Annual report of the Imperial Bacteriological Laboratory, Muktesar
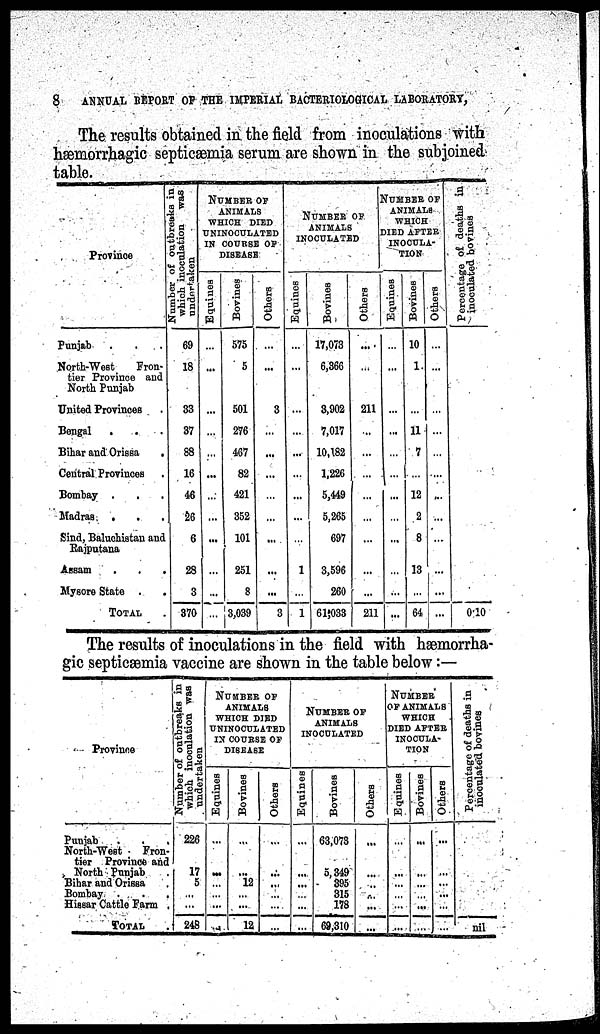
8
ANNUAL REPORT OF THE IMPERIAL BACTERIOLOGICAL LABORATORY,
The results obtained in the field from inoculations with
hæmorrhagic septicæmia serum are shown in the subjoined
table.
Province
Punjab . . .
North-West
Fron-
tier Province and
North Punjab
United Provinces
Bengal . . .
Bihar and Orissa
.
Central Provinces .
Bombay . . .
Madras . . .
Sind, Baluchistan and
Rajputana
Assam
.
.
.
Mysore State . .
TOTAL .
Number of outbreaks in
which inoculation was
undertaken
69
18
33
37
88
16
46
26
6
28
3
370
NUMBER OF
ANIMALS
WHICH DIED
UNINOCULATED
IN COURSE OF
DISEASE
Equines
...
...
...
...
...
...
...
...
...
...
...
...
Bovines
575
5
501
276
467
82
421
352
101
251
8
3,039
Others
...
...
3
...
...
...
...
...
...
...
...
3
NUMBER OF
ANIMALS
INOCULATED
Equi nes
...
...
...
...
...
...
...
...
...
1
...
1
Bovi ue s
17,073
6,366
3,902
7,017
10,182
1,226
5,449
5,265
697
3,596
260
61,033
Ot her s
...
...
211
...
...
...
...
...
...
...
...
211
NUMBER OF
ANIMALS
WHICH
DIED AFTER
INOCULA-
TION
Equines
...
...
...
...
...
...
...
...
...
...
...
...
Bovines
10
1
...
11
7
...
12
2
8
13
...
64
Others
...
...
...
...
...
...
...
...
...
...
...
...
Percentage of deaths in
inoculated bovines
0.10
The results of inoculations in the field with hæmorrha¬
gic septicæmia vaccine are shown in the table below :—
Province
Punjab
. . .
North-West
Fron-
tier Province and
North Punjab
Bihar and Orissa
Bombay. .
.
.
Hissar Cattle Farm .
TOTAL .
Number of outbreaks in
which inoculation was
undertaken
226
17
5
...
...
248
NUMBER OF
ANIMALS
WHICH DIED
UNINOCULATED
IN COURSE OF
DISEASE
Equines
...
...
...
...
...
...
Bovines
...
...
12
...
...
12
Others
...
....
...
...
...
...
NUMBER OF
ANIMALS
INOCULATED
Equines
...
...
...
...
...
...
Bovines
63,073
5,349
395
315
178
69,310
Others
...
...
...
...
...
...
NUMBER
OF ANIMALS
WHICH
DIED AFTER
INOCULA-
TION
Equines
...
...
...
...
...
....
Bovines
...
...
...
...
...
...
Others
...
...
...
...
...
...
Percentage of deaths in
inoculated bovines
nil